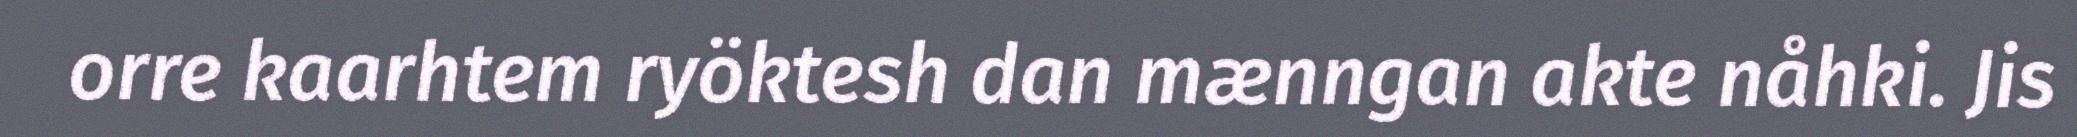
orre kaarhtem ryöktesh dan mænngan akte nåhki. Jis